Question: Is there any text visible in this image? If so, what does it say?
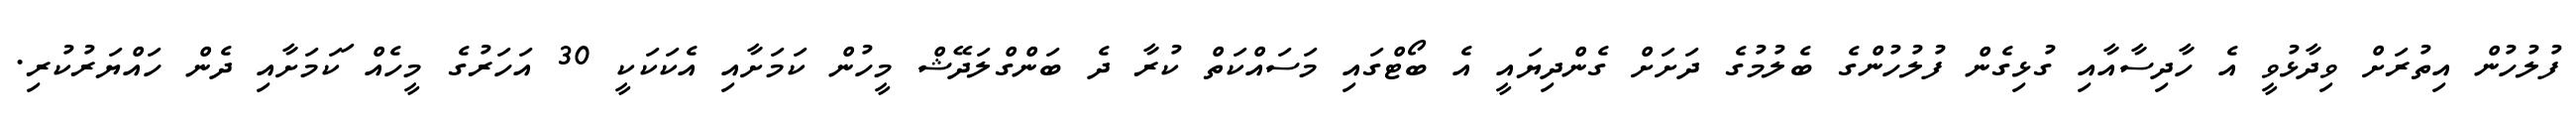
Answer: ފުލުހުން އިތުރަށް ވިދާޅުވީ އެ ހާދިސާއާއި ގުޅިގެން ފުލުހުންގެ ބެލުމުގެ ދަށަށް ގެންދިޔައީ އެ ބޯޓްގައި މަސައްކަތް ކުރާ ދެ ބަންގްލަދޭޝް މީހުން ކަމަށާއި އެކަކަކީ 30 އަހަރުގެ މީހެއް ަކަމަށާއި ދެން ހައްޔަރުކުރި.